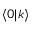
\langle 0 | k \rangle